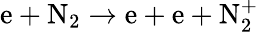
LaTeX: \mathrm{e+N_{2}\to e+e+N_{2}^{+}}